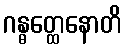
ဂန္ဓတ္ထေနောတိ